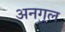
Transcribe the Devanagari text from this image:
अनगुल